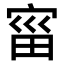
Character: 𫳗